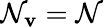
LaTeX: \mathcal{N}_{\mathbf{{v}}}=\mathcal{N}